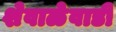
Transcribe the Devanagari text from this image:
शेवाळेवाडी